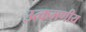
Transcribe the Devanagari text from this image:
उत्कमणीय